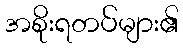
အစိုးရတပ်များ၏